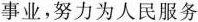
事业，努力为人民服务